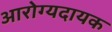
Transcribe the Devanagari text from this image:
आरोग्यदायक